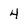
Character: 4